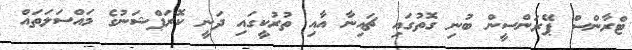
ޓްރާންސް ޕޭރަންސީން ބުނި ގޮތުގައި ޗައިނާ އާއި ތުރުކީގައި ދަނީ ކޮރަޕްޝަނުގެ މައްސަލަތައް